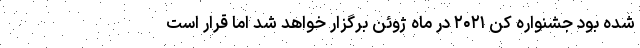
شده بود جشنواره کن ۲۰۲۱ در ماه ژوئن برگزار خواهد شد اما قرار است